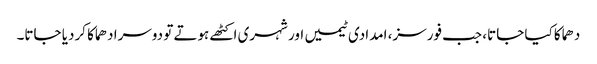
دھماکا کیا جاتا، جب فورسز، امدادی ٹیمیں اور شہری اکٹھے ہوتے تو دوسرا دھماکا کردیا جاتا۔